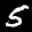
Label: 5